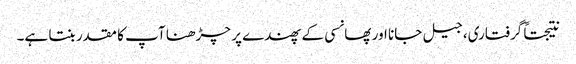
نتیجتاً گرفتاری، جیل جانا اور پھانسی کے پھندے پر چڑھنا آپ کا مقدر بنتا ہے۔